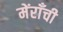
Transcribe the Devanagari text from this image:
मेंराँची